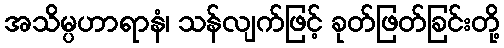
အသိမ္ပဟာရာနံ၊ သန်လျက်ဖြင့် ခုတ်ဖြတ်ခြင်းတို့